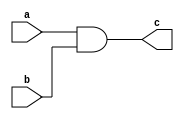
module combinational_logic(
    input wire a,
    input wire b,
    output reg c
);

   assign c = a & b; // bitwise AND operation

endmodule